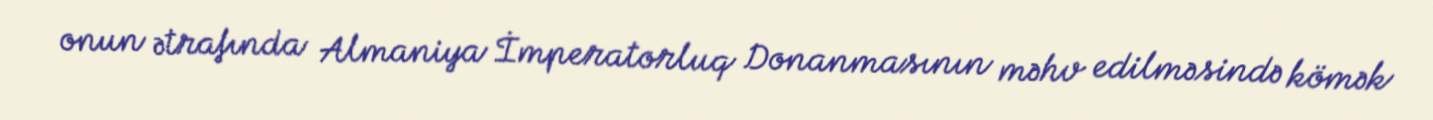
onun ətrafında Almaniya İmperatorluq Donanmasının məhv edilməsində kömək